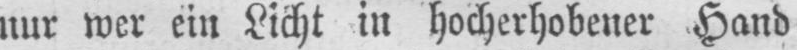
nur wer ein Licht in hocherhobener Hand